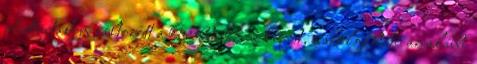
adattartalom változott a korábbiakhoz képest, a szolgáltató az alábbi